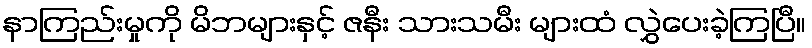
နာကြည်းမှုကို မိဘများနှင့် ဇနီး သားသမီး များထံ လွှဲပေးခဲ့ကြပြီ။